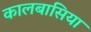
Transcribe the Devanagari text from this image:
कालबासिया